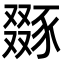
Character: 𧱝